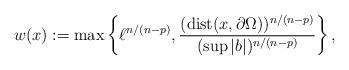
LaTeX: \begin{align*}w(x):=\max\left\{\ell^{n/(n-p)},\frac{({\rm dist}(x,\partial\Omega))^{n/(n-p)}}{(\sup |b|)^{n/(n-p)}}\right\},\end{align*}